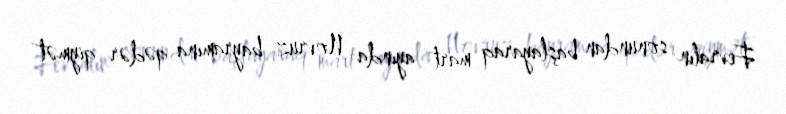
Fevralın sonundan başlayaraq mart ayında Novruz bayramına qədər qiymət